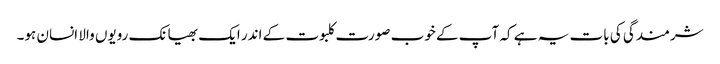
شرمندگی کی بات یہ ہے کہ آپ کے خوب صورت کلبوت کے اندر ایک بھیانک رویوں والا انسان ہو۔